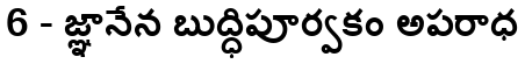
6 - జ్ఞానేన బుద్ధిపూర్వకం అపరాధ